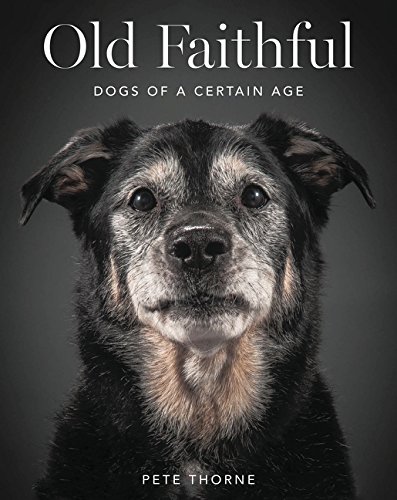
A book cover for Old Faithful: Dogs of a Certain Age; Pete Thorne; Crafts, Hobbies & Home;